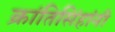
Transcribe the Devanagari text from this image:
क्रांतिसिंहांनी